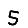
Digit: 5